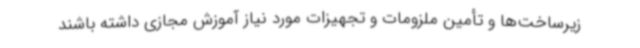
زیرساخت‌ها و تأمین ملزومات و تجهیزات مورد نیاز آموزش مجازی داشته باشند